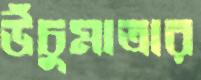
উঁচুমাত্রার